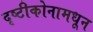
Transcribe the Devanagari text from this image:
दृष्टीकोनामधून